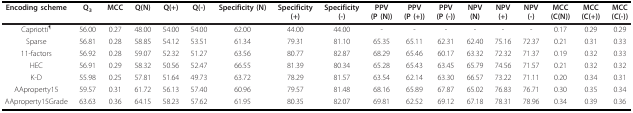
| Encoding scheme | Q3 | MCC | Q(N) | Q(+) | Q(-) | Specificity (N) | Specificity(+) | Specificity(-) | PPV(P (N)) | PPV(P (+)) | PPV(P (-)) | NPV(N) | NPV(+) | NPV(-) | MCC(C(N)) | MCC(C(+)) | MCC(C(-)) |
 | --- | --- | --- | --- | --- | --- | --- | --- | --- | --- | --- | --- | --- | --- | --- | --- | --- | --- |
 | Capriotti¶ | 56.00 | 0.27 | 48.00 | 54.00 | 54.00 | 62.00 | 44.00 | 44.00 | - | - | - | - | - | - | 0.17 | 0.29 | 0.29 |
 | Sparse | 56.81 | 0.28 | 58.85 | 54.12 | 53.51 | 61.34 | 79.31 | 81.10 | 65.35 | 65.11 | 62.31 | 62.40 | 75.16 | 72.37 | 0.21 | 0.31 | 0.33 |
 | 11-factors | 56.92 | 0.28 | 59.07 | 52.32 | 51.27 | 63.56 | 80.77 | 82.87 | 68.29 | 65.46 | 60.17 | 63.32 | 72.32 | 71.37 | 0.19 | 0.32 | 0.33 |
 | HEC | 56.91 | 0.29 | 58.32 | 50.56 | 52.47 | 66.55 | 81.39 | 80.34 | 65.28 | 65.43 | 63.45 | 65.79 | 74.56 | 71.57 | 0.21 | 0.32 | 0.32 |
 | K-D | 55.98 | 0.25 | 57.81 | 51.64 | 49.73 | 63.72 | 78.29 | 81.57 | 63.54 | 62.14 | 63.30 | 66.57 | 73.22 | 71.11 | 0.20 | 0.34 | 0.31 |
 | AAproperty15 | 59.57 | 0.31 | 61.72 | 56.13 | 57.40 | 60.96 | 79.57 | 81.48 | 68.16 | 65.89 | 67.87 | 65.02 | 76.83 | 76.71 | 0.30 | 0.35 | 0.34 |
 | AAproperty15Grade | 63.63 | 0.36 | 64.15 | 58.23 | 57.62 | 61.95 | 80.35 | 82.07 | 69.81 | 62.52 | 69.12 | 67.18 | 78.31 | 78.96 | 0.34 | 0.39 | 0.36 |